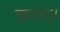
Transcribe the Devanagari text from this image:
जयगा।